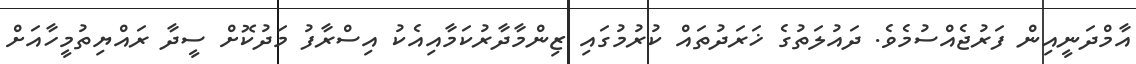
އާމްދަނީއިން ފަރުޖެއްސުމެވެ. ދައުލަތުގެ ޚަރަދުތައް ކުރުމުގައި ޒިންމާދާރުކަމާއިއެކު އިސްރާފު މަދުކޮށް ސީދާ ރައްޔިތުމީހާއަށް